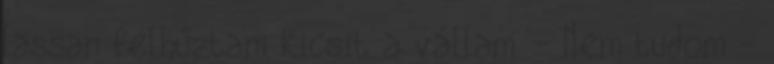
lassan felhúztam kicsit a vállam. - Nem tudom -